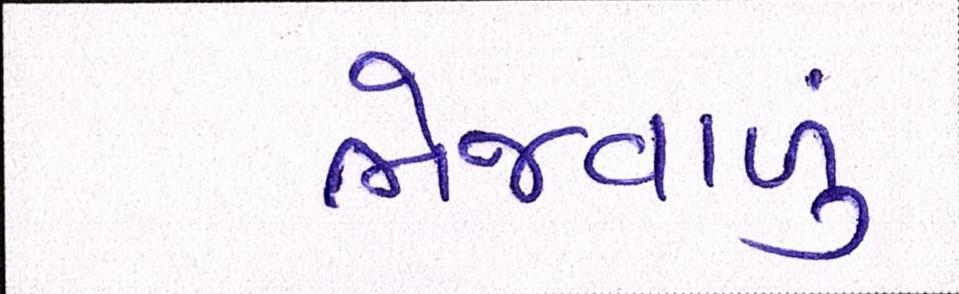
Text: ભેજવાળું